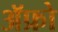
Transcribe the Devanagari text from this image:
ॲफ्रो